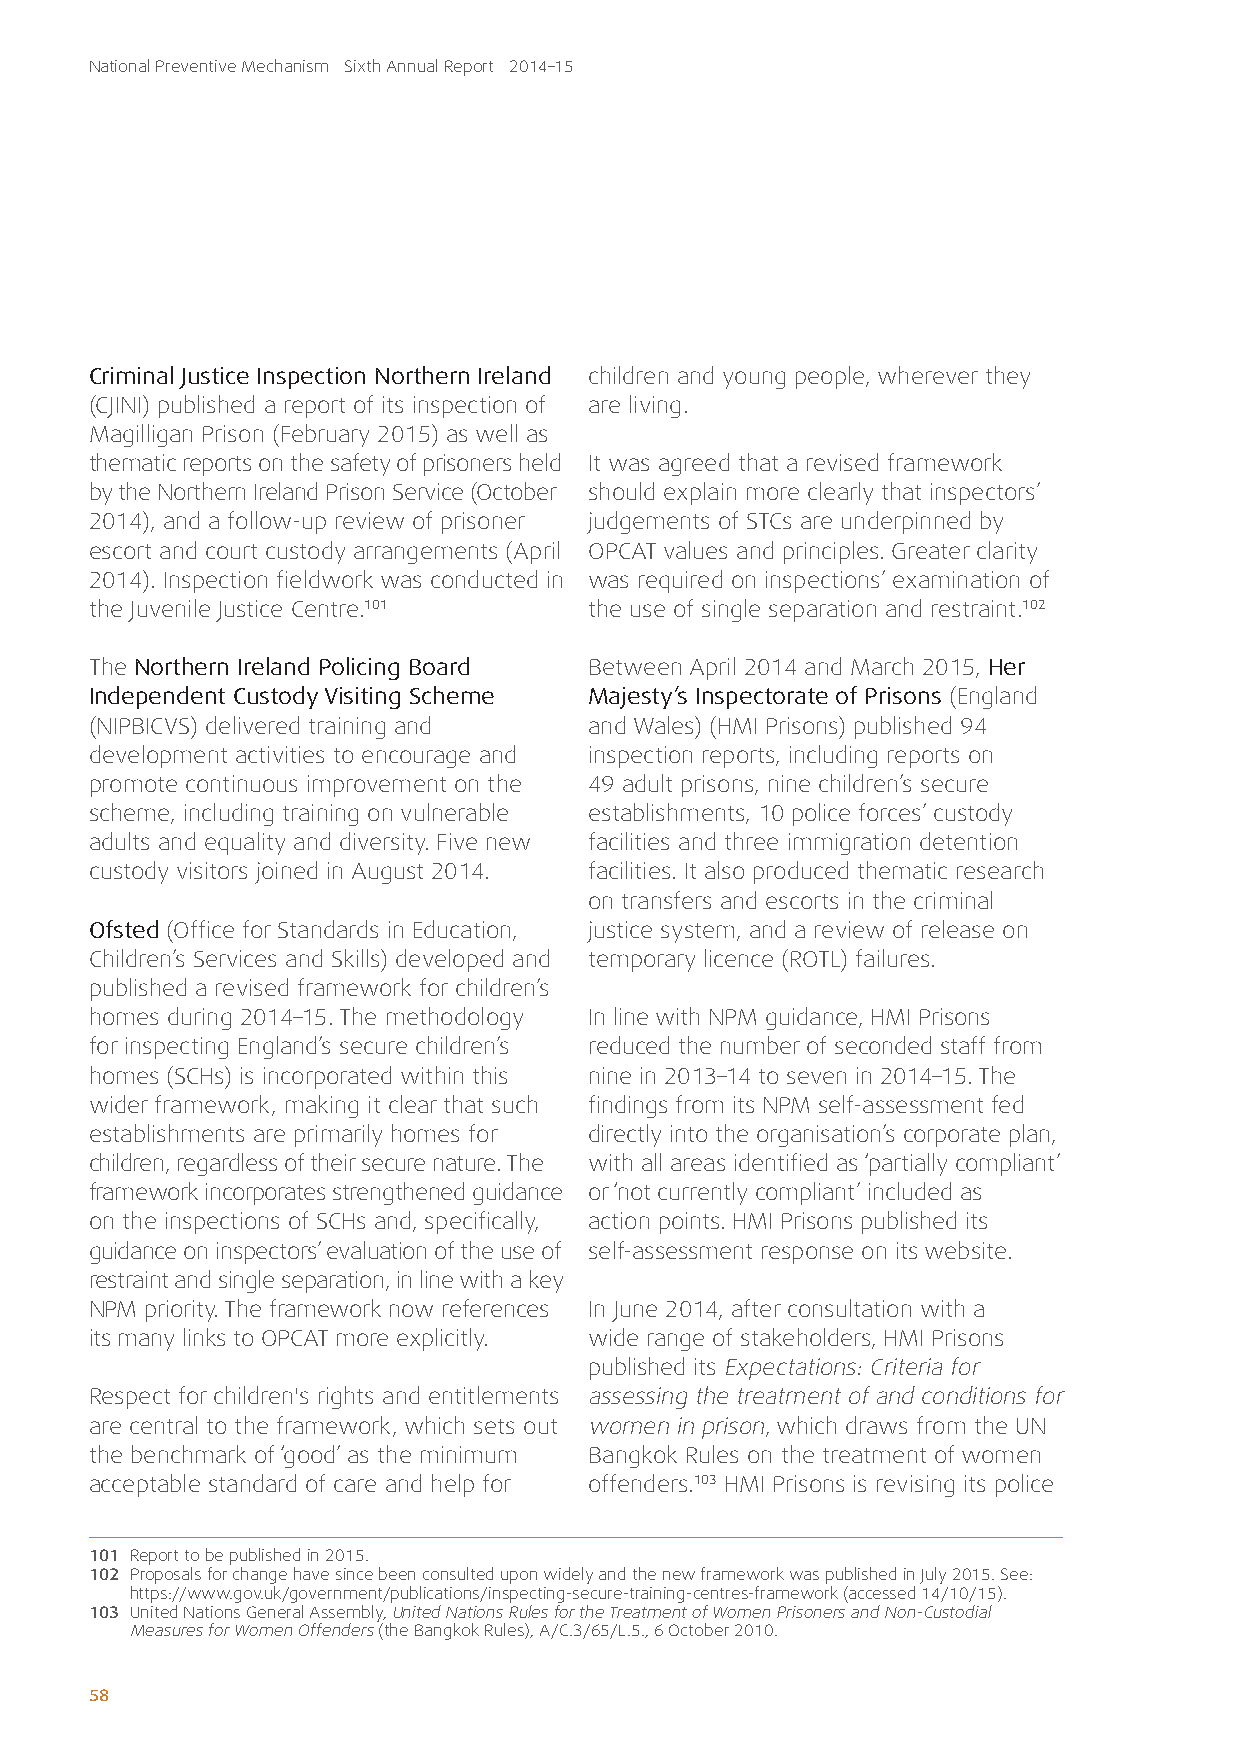
National Preventive Mechanism Sixth Annual Report 2014–15
 Criminal Justice Inspection Northern Ireland children and young people, wherever they
 (CJINI) published a report of its inspection of are living.
 Magilligan Prison (February 2015) as well as
 thematic reports on the safety of prisoners held It was agreed that a revised framework
 by the Northern Ireland Prison Service (October should explain more clearly that inspectors’
 2014), and a follow-up review of prisoner judgements of STCs are underpinned by
 escort and court custody arrangements (April OPCAT values and principles. Greater clarity
 2014). Inspection fieldwork was conducted in was required on inspections’ examination of
 the Juvenile Justice Centre.101  the use of single separation and restraint.102
 The Northern Ireland Policing Board Between April 2014 and March 2015, Her
 Independent Custody Visiting Scheme Majesty’s Inspectorate of Prisons (England
 (NIPBICVS) delivered training and and Wales) (HMI Prisons) published 94
 development activities to encourage and inspection reports, including reports on
 promote continuous improvement on the 49 adult prisons, nine children’s secure
 scheme, including training on vulnerable establishments, 10 police forces’ custody
 adults and equality and diversity. Five new facilities and three immigration detention
 custody visitors joined in August 2014. facilities. It also produced thematic research
 on transfers and escorts in the criminal
 Ofsted (Office for Standards in Education, justice system, and a review of release on
 Children’s Services and Skills) developed and temporary licence (ROTL) failures.
 published a revised framework for children’s
 homes during 2014–15. The methodology In line with NPM guidance, HMI Prisons
 for inspecting England’s secure children’s reduced the number of seconded staff from
 homes (SCHs) is incorporated within this nine in 2013–14 to seven in 2014–15. The
 wider framework, making it clear that such findings from its NPM self-assessment fed
 establishments are primarily homes for directly into the organisation’s corporate plan,
 children, regardless of their secure nature. The with all areas identified as ‘partially compliant’
 framework incorporates strengthened guidance or ‘not currently compliant’ included as
 on the inspections of SCHs and, specifically, action points. HMI Prisons published its
 guidance on inspectors’ evaluation of the use of self-assessment response on its website.
 restraint and single separation, in line with a key
 NPM priority. The framework now references In June 2014, after consultation with a
 its many links to OPCAT more explicitly. wide range of stakeholders, HMI Prisons
 published its Expectations: Criteria for
 Respect for children's rights and entitlements assessing the treatment of and conditions for
 are central to the framework, which sets out women in prison, which draws from the UN
 the benchmark of ‘good’ as the minimum Bangkok Rules on the treatment of women
 acceptable standard of care and help for offenders.103 HMI Prisons is revising its police
 101 Report to be published in 2015.
 102 Proposals for change have since been consulted upon widely and the new framework was published in July 2015. See:
 https://www.gov.uk/government/publications/inspecting-secure-training-centres-framework (accessed 14/10/15).
 103 United Nations General Assembly, United Nations Rules for the Treatment of Women Prisoners and Non-Custodial
 Measures for Women Offenders (the Bangkok Rules), A/C.3/65/L.5., 6 October 2010.
 58